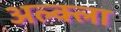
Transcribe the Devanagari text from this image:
अल्क्ला